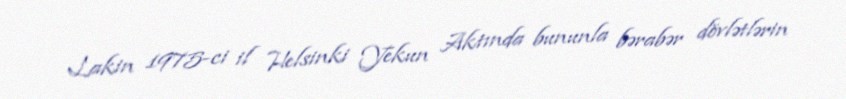
Lakin 1975-ci il Helsinki Yekun Aktında bununla bərabər dövlətlərin